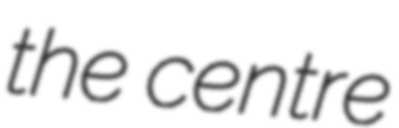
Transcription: the centre